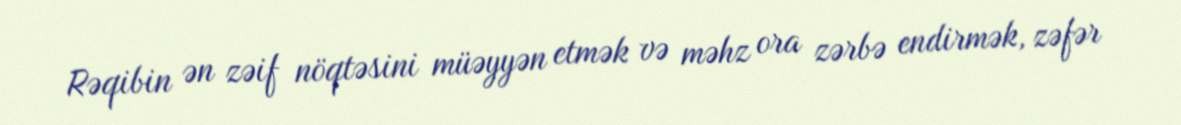
Rəqibin ən zəif nöqtəsini müəyyən etmək və məhz ora zərbə endirmək, zəfər